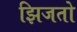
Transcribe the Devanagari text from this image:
झिजतो